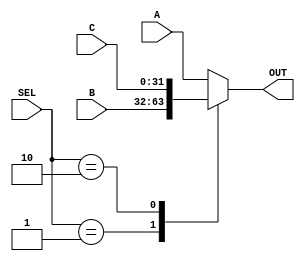
/* Threex1Mux.v
 * UMAINE ECE 473
 * Initial Author: Ryan Kinney <jacob.mealey@maine.edu>
 * Other Authors: Ryan Kinney <ryan.kinney@maine.edu> ...
 * Description:
	 Takes 3 32-bit bus inputs, and outputs the one
	 selected by the SEL inputs
*/


module Threex1Mux(A,B,C,SEL,OUT);
	input wire [31:0] A,B,C;
	input wire [1:0] SEL;
	output reg [31:0] OUT;
	
	always @* begin
		case(SEL)
			2'd0:	OUT = A;
			2'd1: OUT = B;
			2'd2: OUT = C;
			default: OUT = A;
		endcase
	end
endmodule